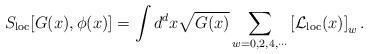
LaTeX: \begin{align*}S_{\rm loc}[G(x),\phi(x)]=\int d^dx\sqrt{G(x)}\sum_{w=0,2,4,\cdots} \left[ {\cal L}_{\rm loc}(x)\right]_w.\end{align*}